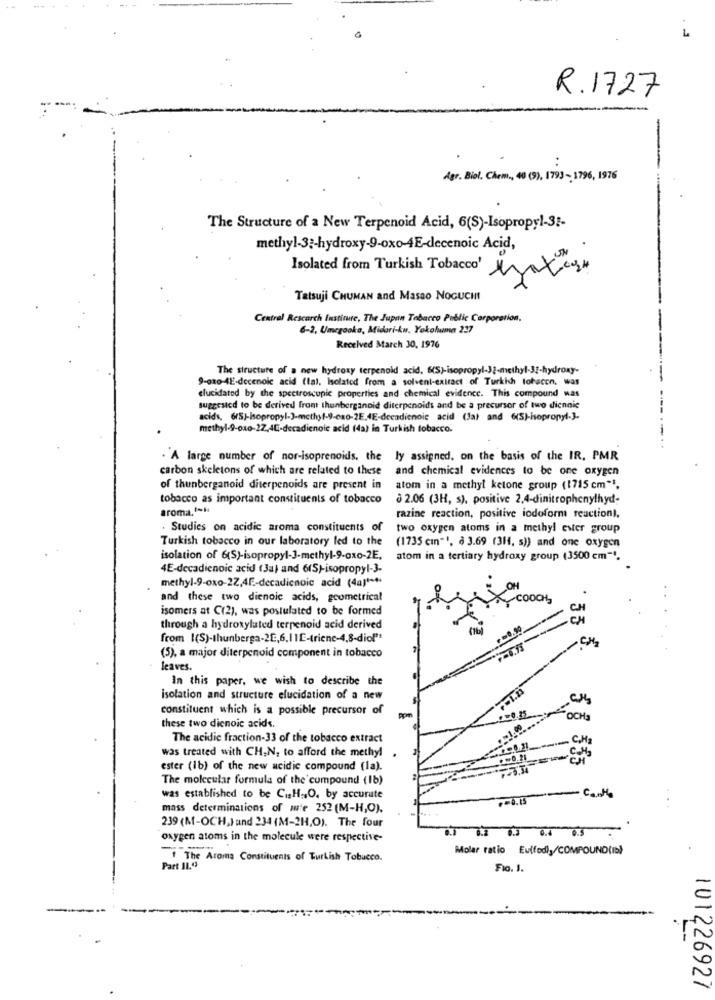
R. 1727
:
Agr. Biol. Chem ., 40 (9), 1793- 1796, 1976
The Structure of a New Terpenoid Acid, 6(S)-Isopropyl-32-
methyl-3 :- hydroxy-9-oxo-4E-decenoic Acid,
Isolated from Turkish Tobacco'
Tatsuji CHUMAN and Masao NOGUCHI
Central Research Institute, The Jupan Tabacco Public Corporation.
6-2, Umcgooka, Midori-ku, Yokohuma 217
Received March 30, 1976
The structure of a new hydroxy terpenold acid, 6(S)-isopropyl-32-methyl-32-hydroxy-
9-ox0-4E-dccenoic acid (tal, Isolated from a solvent-extract of Turkish tobacon, was
elucidated by the spectroscopic properties and chemical evidence. This compound was
suggestcd to be derived from thunberganoid diterpenoids and be a precursor of two diennic
acids, 6(S)-Isopropyl-3-methyl-9-080-2E.4E-decadienoic acid (Ja) and 6(S)-isopropyl-].
methyl-9-oxo-22,4L-decadienoic acid (da) in Turkish tobacco.
. A large number of nor-isoprenoids, the ly assigned, on the basis of the IR. PMR
carbon skeletons of which are related to these
and chemical evidences to be one oxygen
of thunberganoid diterpenoids are present in
atom in a methyl ketone group (1715 cm".
tobacco as important constituents of tobacco
à 2.06 (3H, s), positive 2,4-dinitrophenylhyd-
aroma,t-Ni
razine reaction, positive iodoform reaction).
. Studies on acidic aroma constituents of
two oxygen atoms in a methyl ester group
Turkish tobacco in our laboratory led to the
(1735 cmn"', à 3.69 (3H4, s)) and one oxygen
isolation of 6(S)-isopropyl-3-methyl-9-oxo-2E,
atom in a tertiary hydroxy group (3500 cm"".
4E-decadienoic acid (Ja) and 6(S)-isopropyl-3-
methyl-9-oxo-2Z,4F-decadicnoic acid (4a) ****
OH
and these two dienoic acids, geometrical
Coo
isomers at C(2), was postulated to be formed
55
through a hydroxylated terrenoid acid derived
(5), a major diterpenoid component in tobacco
leaves.
In this paper, we wish to describe the
isolation and structure elucidation of a new
constituent which is a possible precursor of
OCHa
these two dienoic acids.
The acidic fraction-33 of the tobacco extract
was treated with CH,N, to afford the methyl
ester (1b) of the new acidic compound (la).
The molecular formula of the compound (1b)
was established to be Ci.H ., O. by accurate
.- 0.15-Ca
mass determinations of ww'e 252 (M-H,O).
239 (M-OCH,Fand 234 (M-2H,O). The four
oxygen atoms in the molecule were respective-
Molar ratio Eu(fed)y/COMPOUND(Ib)
The Aroma Constituents of Turkish Tobucco.
Part 11.03
Fio. 1.
101226927